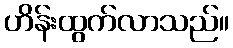
ဟိန်းထွက်လာသည်။